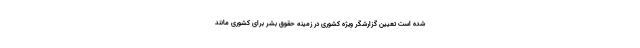
شده است تعیین گزارشگر ویژه کشوری در زمینه حقوق بشر برای کشوری مانند